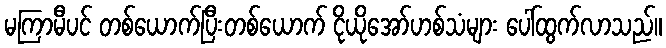
မကြာမီပင် တစ်ယောက်ပြီးတစ်ယောက် ငိုယိုအော်ဟစ်သံများ ပေါ်ထွက်လာသည်။